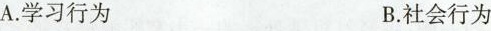
A. 学习行为 B. 社会行为